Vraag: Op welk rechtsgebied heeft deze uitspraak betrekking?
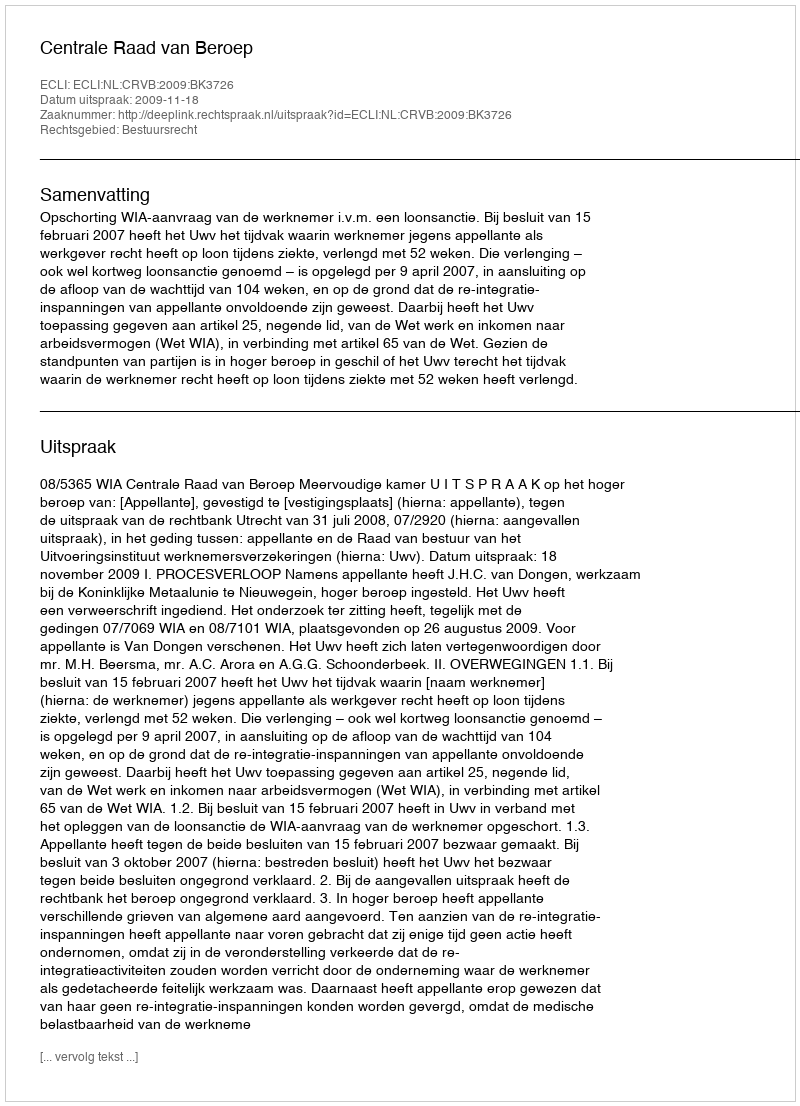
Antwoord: Bestuursrecht